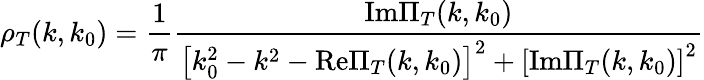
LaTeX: \rho_{T}(k,k_{0})=\frac{1}{\pi}\frac{\mathrm{Im}\Pi_{T}(k,k_{0})}{\left[k_{0}^{2}-k^{2}-\mathrm{Re}\Pi_{T}(k,k_{0})\right]^{2}+\left[\mathrm{Im}\Pi_{T}(k,k_{0})\right]^{2}}